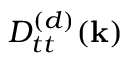
D _ { t t } ^ { ( d ) } ( { \bf k } )